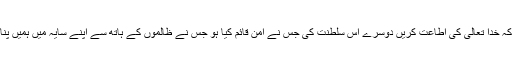
ایک یہ کہ خدا تعالیٰ کی اطاعت کریں دوسرے اس سلطنت کی جس نے امن قائم کیا ہو جس نے ظالموں کے ہاتھ سے اپنے سایہ میں ہمیں پناہ دی ہو۔